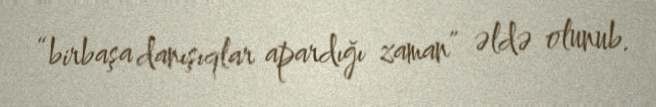
“birbaşa danışıqlar apardığı zaman” əldə olunub.